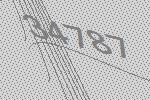
34787